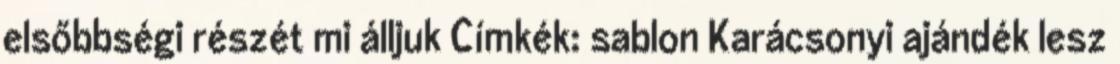
elsőbbségi részét mi álljuk Címkék: sablon Karácsonyi ajándék lesz